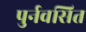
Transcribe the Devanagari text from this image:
पुर्नवसित